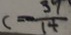
c = \frac { 3 9 } { 1 4 }